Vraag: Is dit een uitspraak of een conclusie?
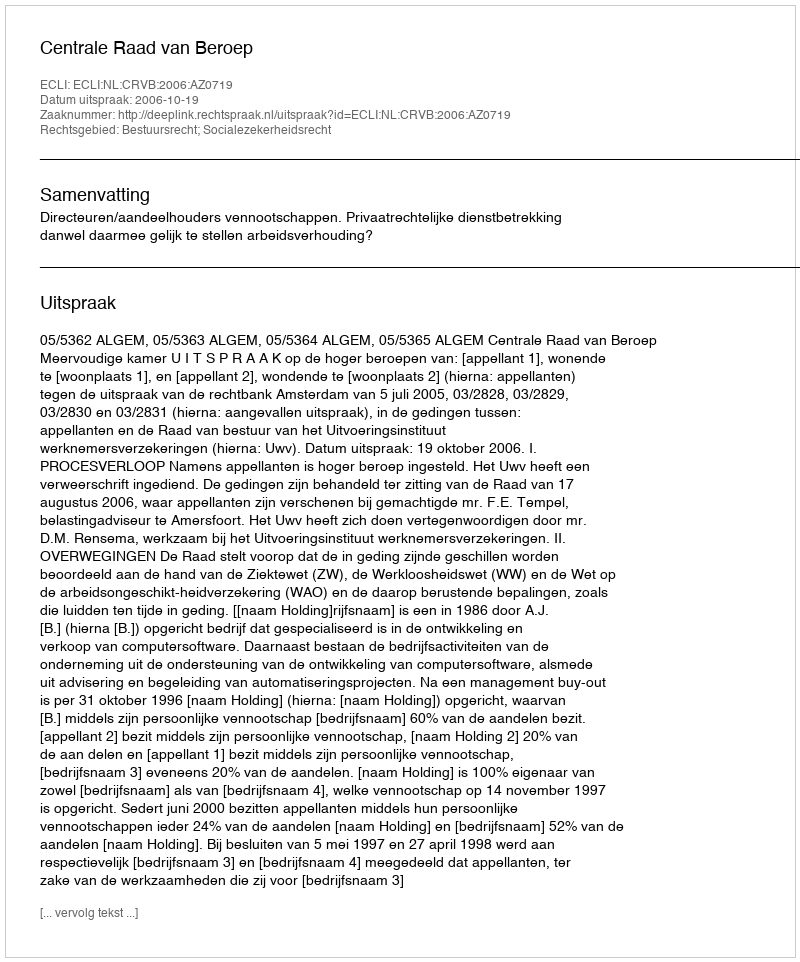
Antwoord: Uitspraak